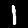
Digit: 1